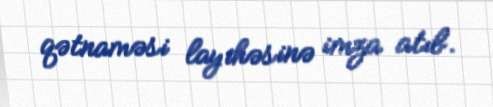
qətnaməsi layihəsinə imza atıb.